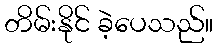
တိမ်းနိုင် ခဲ့ပေသည်။